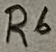
Text: Res1